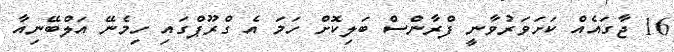
16 ޖާގައެއް ކަށަވަރުވާނީ ފްރާންސް ބަލިކޮށް ހަމަ އެ ގްރޫޕްގައި ހިމެނޭ އަލްބޭނިއާ